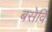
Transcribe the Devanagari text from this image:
बसेवि